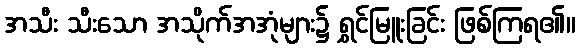
အသီး သီးသော အသိုက်အအုံများ၌ ရွှင်မြူးခြင်း ဖြစ်ကြရ၏။